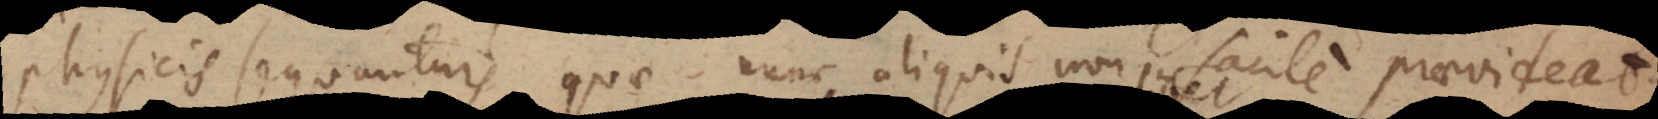
physicis sequuntur, quae nunc aliquis non facile praevideat.